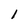
Character: 1